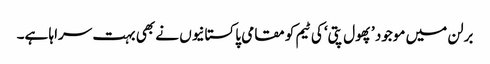
برلن میں موجود ’پھول پتی‘ کی ٹیم کو مقامی پاکستانیوں نے بھی بہت سراہا ہے۔